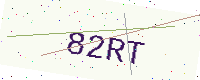
Text: 82RT